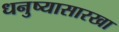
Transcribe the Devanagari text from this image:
धनुष्यासारखा